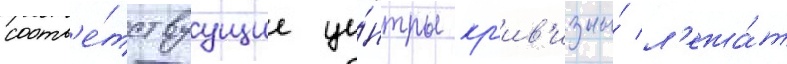
соотв'е́тствуущие це́нтры кр'ив'изны́ л'ежа́т